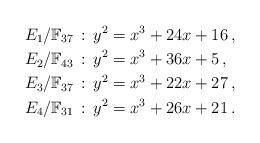
LaTeX: \begin{align*}E_1/\mathbb{F}_{37} \,&:\, y^2 = x^3 + 24x + 16\,,\\E_2/\mathbb{F}_{43}\,&:\,y^2 = x^3 + 36x + 5\,, \\E_3/\mathbb{F}_{37}\,&:\, y^2 = x^3 + 22x + 27\,,\\E_4/\mathbb{F}_{31}\,&:\, y^2 = x^3 + 26x + 21\,.\end{align*}